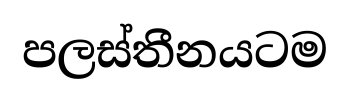
පලස්තීනයටම